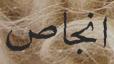
انجاص